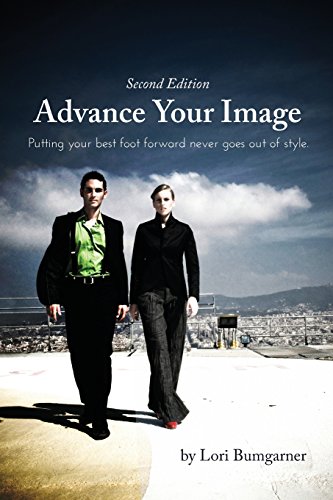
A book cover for Advance Your Image: Putting your best foot forward never goes out of style. 2nd Edition; Lori Bumgarner; Business & Money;